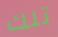
تلك